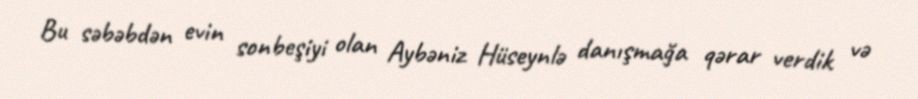
Bu səbəbdən evin sonbeşiyi olan Aybəniz Hüseynlə danışmağa qərar verdik və